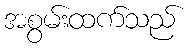
အစွမ်းထက်သည်